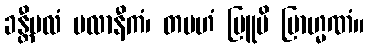
ခန္တီဗလံ ဗလာနီကံ၊ တမဟံ ဗြူမိ ဗြာဟ္မဏံ။